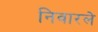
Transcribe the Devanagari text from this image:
निवारले